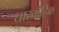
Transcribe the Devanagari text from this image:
धारवाहिक